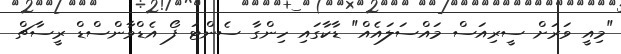
"މިއީ ވަރަށް ސީރިއަސް މައްސަލައެއް" ޑާކާގައި ހިންގާ ސެންޓަ ފޯ އެޑްވާންސްޑް ރީސާޗް